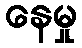
နေမှု